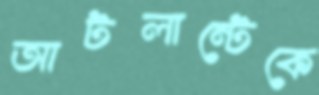
আটলান্টেকে